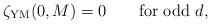
LaTeX: \begin{align*}\zeta_{\rm YM}(0,M)=0 \qquad {\rm for \ odd\ } d,\end{align*}